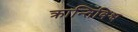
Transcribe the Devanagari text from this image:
क्रान्तिविश्व